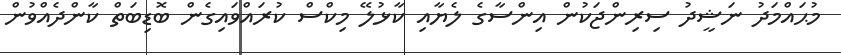
މުޙައްމަދު ނަޝީދު ސިރިންޖަކުން އިންސާގެ ލެޔާއި ކާޅުލޭ މިކްސް ކުރައްވައިގެން ބޮޑިބަތް ކާންދެއްވުން